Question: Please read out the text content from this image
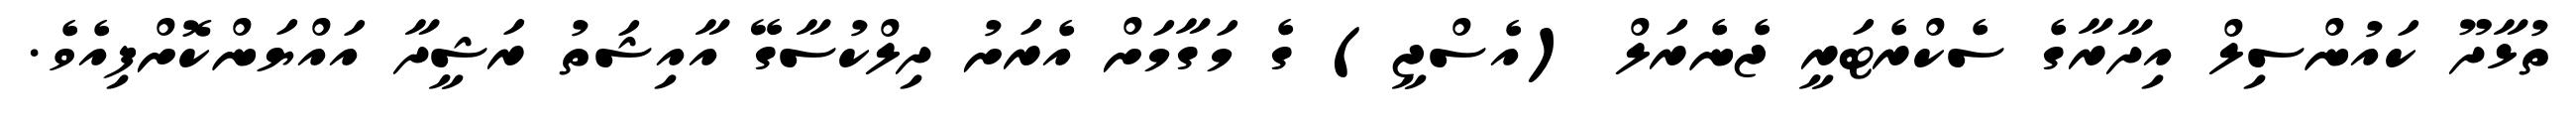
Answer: ތުޅާދޫ ކައުންސިލް އިދާރާގެ ސެކްރެޓަރީ ޖެނެރަލް (އެސްޖީ) ގެ މަގާމަށް އެރަށު ދިލްކުސާގޭ އާއިޝަތު ރަޝީދާ އައްޔަންކޮށްފިއެވެ.